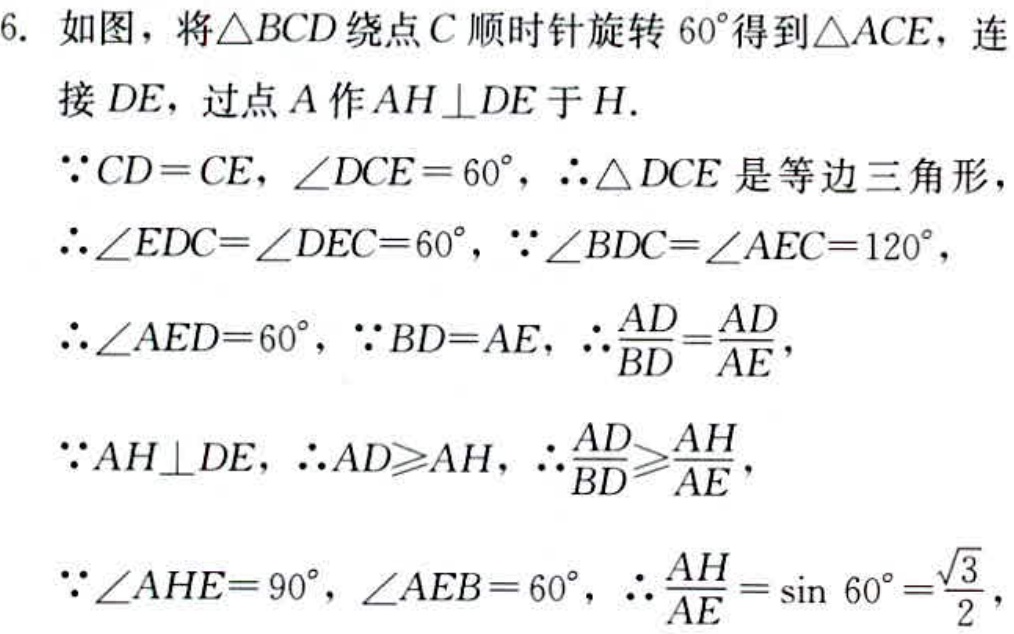
6. 如图，将\(\triangle BCD\)绕点\(C\)顺时针旋转\(60^{\circ}\)得到\(\triangle ACE\)，连接\(DE\)，过点\(A\)作\(AH\perp DE\)于\(H\).
\(\because CD = CE\)，\(\angle DCE = 60^{\circ}\)，\(\therefore\triangle DCE\)是等边三角形，
\(\therefore\angle EDC=\angle DEC = 60^{\circ}\)，\(\because\angle BDC=\angle AEC = 120^{\circ}\)，
\(\therefore\angle AED = 60^{\circ}\)，\(\because BD = AE\)，\(\therefore\frac{AD}{BD}=\frac{AD}{AE}\)，
\(\because AH\perp DE\)，\(\therefore AD\geqslant AH\)，\(\therefore\frac{AD}{BD}\geqslant\frac{AH}{AE}\)，
\(\because\angle AHE = 90^{\circ}\)，\(\angle AEB = 60^{\circ}\)，\(\therefore\frac{AH}{AE}=\sin 60^{\circ}=\frac{\sqrt{3}}{2}\)，